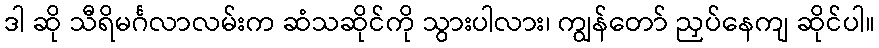
ဒါ ဆို သီရိမင်္ဂလာလမ်းက ဆံသဆိုင်ကို သွားပါလား၊ ကျွန်တော် ညှပ်နေကျ ဆိုင်ပါ။